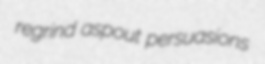
regrind aspout persuasions